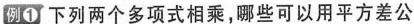
例① 下列两个多项式相乘，哪些可以用平方差公